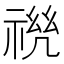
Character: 𰨆